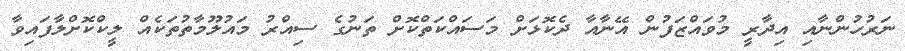
ނަރުހުންނާއި އިދާރީ މުވައްޒަފުން އޭނާއާ ދެކޮޅަށް މަސައްކަތްކޮށް ތަނުގެ ސިއްރު މައުލޫމާތުތަކެއް ލީކްކޮށްލާފައިވާ